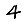
Digit: 4